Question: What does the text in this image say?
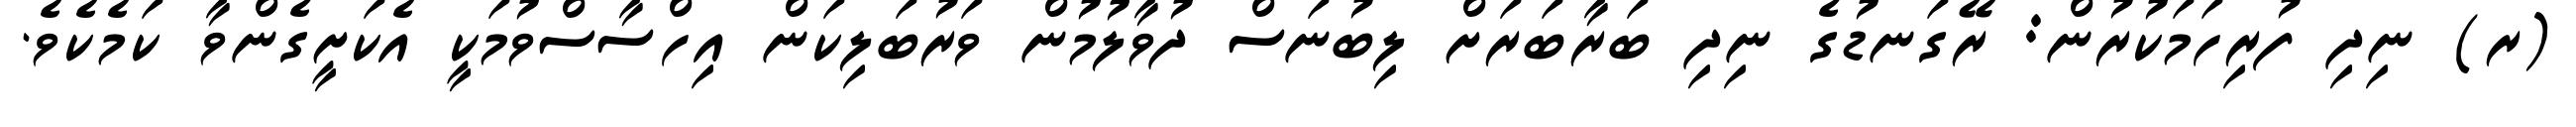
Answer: (ރ) ނިދި ފުރިހަމަކުރުން: ރޭގަނޑުގެ ނިދި ބަރާބަރަށް ލިބުނަސް ދުވާލުމުން ވަރުބަލިކަން އިހްސާސްވުމަކީ އެކަށީގެންވާ ކަމެކެވެ.